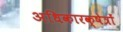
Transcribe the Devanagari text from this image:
अधिकारक्षेत्रों